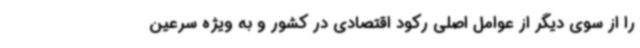
را از سوی دیگر از عوامل اصلی رکود اقتصادی در کشور و به ویژه سرعین